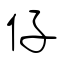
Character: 仔